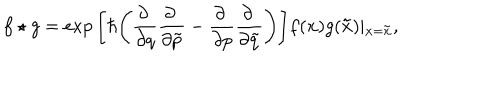
LaTeX: f \star g = \exp \Bigg [ \hbar \Bigg ( \frac { \partial ~ } { \partial q } \frac { \partial ~ } { \partial \tilde { p } } - \frac { \partial ~ } { \partial p } \frac { \partial ~ } { \partial \tilde { q } } \Bigg ) \Bigg ] f ( { \bf x } ) g ( { \bf \tilde { x } } ) \vert _ { { \bf x } = { \bf \tilde { x } } } ,